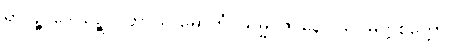
ရာဂဉ္စ ဒေါသဉ္စ ပဟာယ မောဟံ၊ သမ္မပ္ပဇာနော သုဝိမုတ္တစိတ္တော။